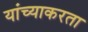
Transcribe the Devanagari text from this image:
यांच्याकरता